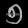
Digit: ၅